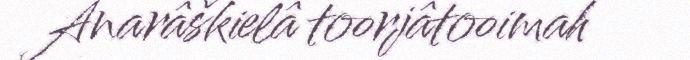
Anarâškielâ toorjâtooimah